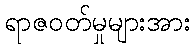
ရာဇဝတ်မှုများအား